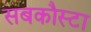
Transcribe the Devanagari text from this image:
सबकौस्टा